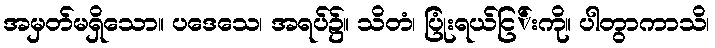
အမှတ်မရှိသော။ ပဒေသေ၊ အရပ်၌။ သိတံ၊ ပြုံးရယ်ငြ်းကို။ ပါတွာကာသိ၊